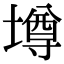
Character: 壿